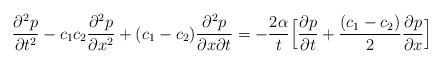
LaTeX: \begin{align*}\frac{\partial^2 p}{\partial t^2}- c_1c_2\frac{\partial^2 p}{\partial x^2}+(c_1-c_2) \frac{\partial^2 p}{\partial x\partial t} = -\frac{2\alpha}{t}\Bigl[ \frac{\partial p}{\partial t} +\frac{(c_1-c_2)}{2} \frac{\partial p}{\partial x} \Bigr]\end{align*}